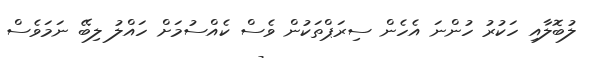
ލުބޮލާއި ހަކުރު ހުންނަ އެހެން ސިރަޕްތަކުން ވެސް ކެއްސުމަށް ހައްލު ލިބޭ ނަމަވެސް